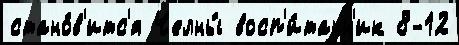
стано́в'итс'я Челны́ восп'и́танн'ик 8-12